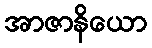
အာဇာနိယော